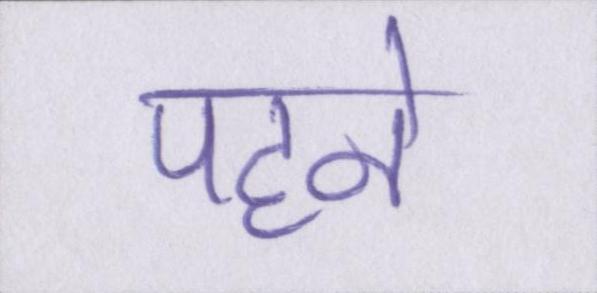
पहने